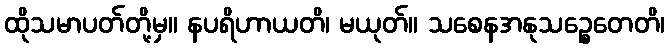
ထိုသမာပတ်တို့မှ။ နပရိဟာယတိ၊ မယုတ်။ သစေနအနုသဉ္စေတေတိ၊